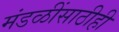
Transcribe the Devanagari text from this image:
मंडळींसाठीही